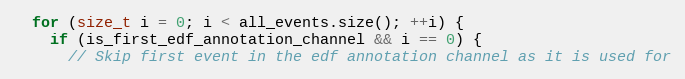
Language: C++
  for (size_t i = 0; i < all_events.size(); ++i) {
    if (is_first_edf_annotation_channel && i == 0) {
      // Skip first event in the edf annotation channel as it is used for